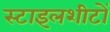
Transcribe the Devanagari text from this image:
स्टाइलशीटों